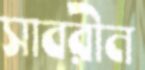
সাবরীন